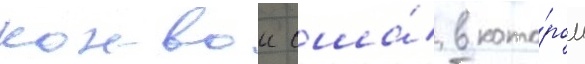
конвои сша́ в кото́ром